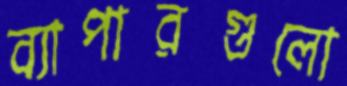
ব্যাপারগুলো